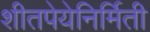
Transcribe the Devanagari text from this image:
शीतपेयेनिर्मिती